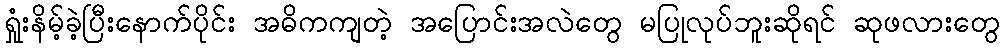
ရှုံးနိမ့်ခဲ့ပြီးနောက်ပိုင်း အဓိကကျတဲ့ အပြောင်းအလဲတွေ မပြုလုပ်ဘူးဆိုရင် ဆုဖလားတွေ